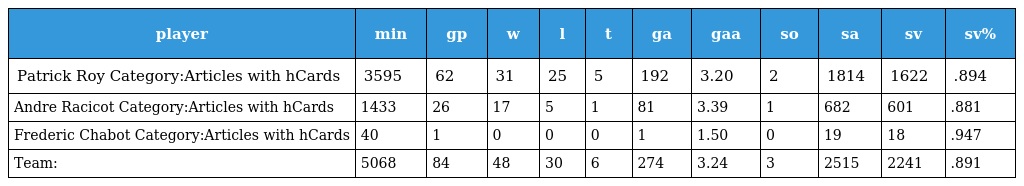
| player | min | gp | w | l | t | ga | gaa | so | sa | sv | sv% |
 | --- | --- | --- | --- | --- | --- | --- | --- | --- | --- | --- | --- |
 | Patrick Roy Category:Articles with hCards | 3595 | 62 | 31 | 25 | 5 | 192 | 3.20 | 2 | 1814 | 1622 | .894 |
 | Andre Racicot Category:Articles with hCards | 1433 | 26 | 17 | 5 | 1 | 81 | 3.39 | 1 | 682 | 601 | .881 |
 | Frederic Chabot Category:Articles with hCards | 40 | 1 | 0 | 0 | 0 | 1 | 1.50 | 0 | 19 | 18 | .947 |
 | Team: | 5068 | 84 | 48 | 30 | 6 | 274 | 3.24 | 3 | 2515 | 2241 | .891 |